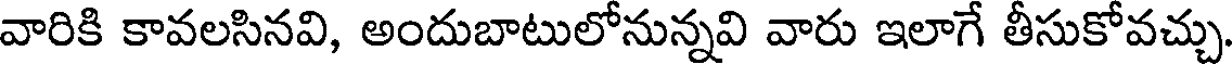
వారికి కావలసినవి, అందుబాటులోనున్నవి వారు ఇలాగే తీసుకోవచ్చు